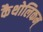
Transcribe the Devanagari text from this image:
कैथोलिकम्